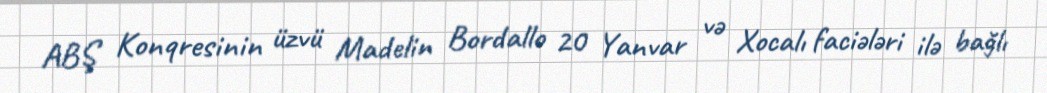
ABŞ Konqresinin üzvü Madelin Bordallo 20 Yanvar və Xocalı faciələri ilə bağlı